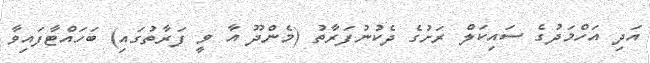
އަދި އަހްމަދުގެ ސައިކަލް ރަށުގެ ދެކުނުފަރާތު (މެންދޫ އާ ވީ ފަރާތުގައި) ބަހައްޓާފައިވާ